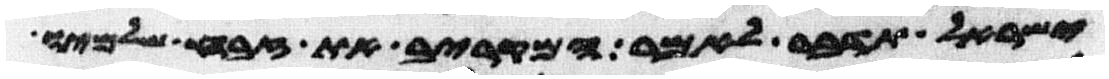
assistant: ישראל תדבר לאמר המקריב את זבח שלמיו